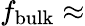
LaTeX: f_{\mathrm{bulk}}\approx